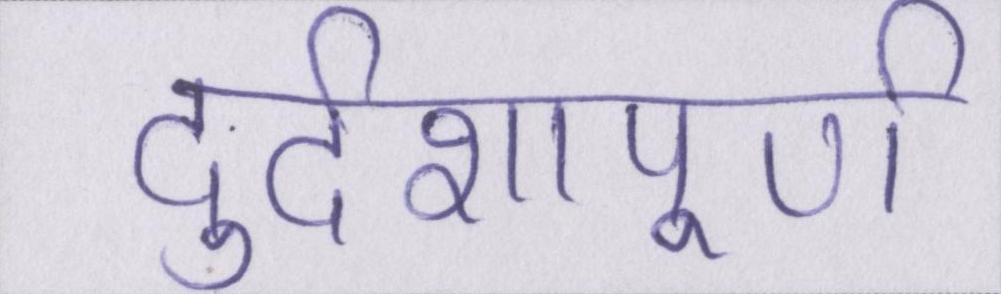
दुर्दशापूर्ण